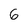
Character: 6